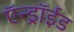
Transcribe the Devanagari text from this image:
ऍन्ड्रॉईड